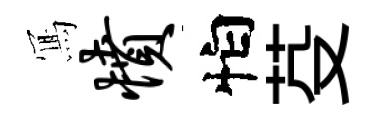
𭂁愤怕芟